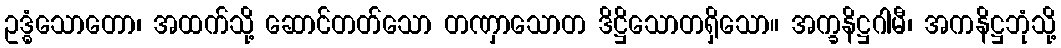
ဥဒ္ဓံသောတော၊ အထက်သို့ ဆောင်တတ်သော တဏှာသောတ ဒိဋ္ဌိသောတရှိသော။ အက္ခနိဋ္ဌဂါမီ၊ အကနိဋ္ဌဘုံသို့